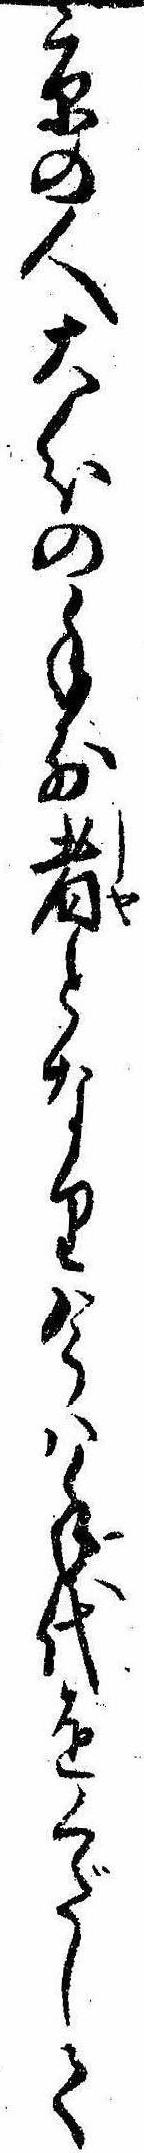
京の人大分の手前者となり今は手代をくだして